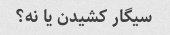
سیگار کشیدن یا نه؟